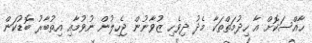
ހާއްސަކޮށް އާ ހިދުމަތްތަކާ މެދު ދިވެހި ޒުވާނުން ޖެހިލުން ނުވުމާއި އިތުބާރު ބޮޑުކަން